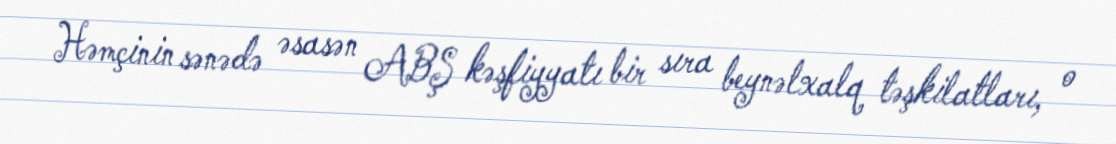
Həmçinin sənədə əsasən ABŞ kəşfiyyatı bir sıra beynəlxalq təşkilatları, o